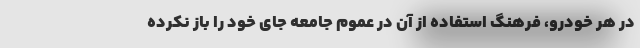
در هر خودرو، فرهنگ استفاده از آن در عموم جامعه جای خود را باز نکرده